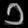
Digit: ၁